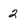
Character: 2